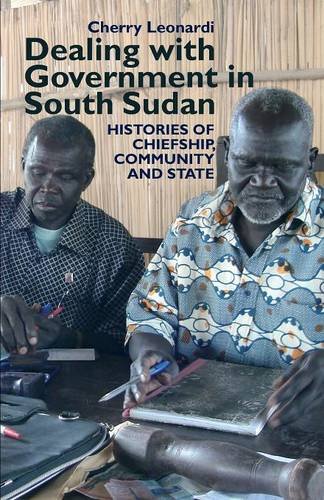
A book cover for Dealing with Government in South Sudan (Eastern Africa Series); Cherry Leonardi; History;